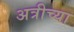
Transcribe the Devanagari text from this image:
अत्रीच्या